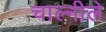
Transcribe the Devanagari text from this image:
चाल्नीले